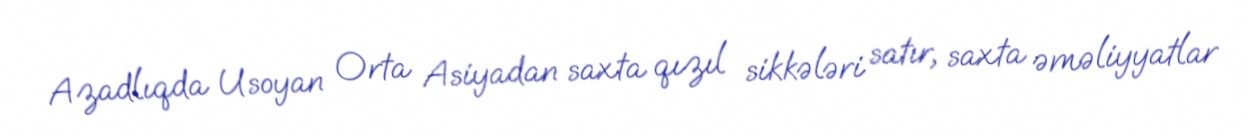
Azadlıqda Usoyan Orta Asiyadan saxta qızıl sikkələri satır, saxta əməliyyatlar